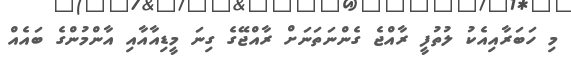
މި ހަބަރާއިއެކު ލުތުފީ ރާއްޖެ ގެންނަތަނަށް ރާއްޖޭގެ ގިނަ މީޑިއާއާއި އާންމުންގެ ބައެއް